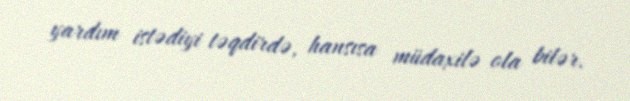
yardım istədiyi təqdirdə, hansısa müdaxilə ola bilər.